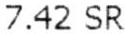
7.42 SR